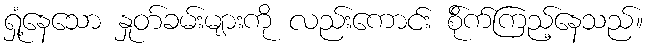
ရှုံ့နေသော နှုတ်ခမ်းများကို လည်းကောင်း စို်က်ကြည့်နေသည်။